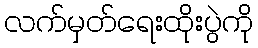
လက်မှတ်ရေးထိုးပွဲကို